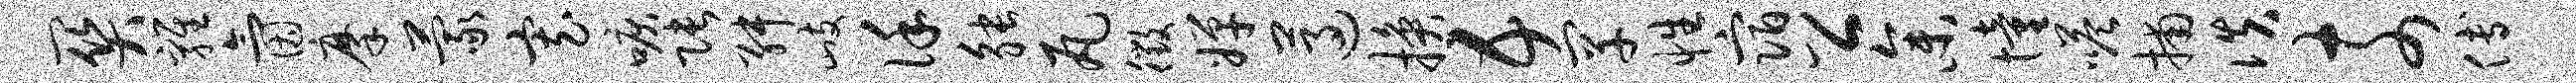
关鸡氤摩蒙寡唳张舛歧谨觖瓦徵婵遵换五罕性宿公参憧嗒捕佚奈傅